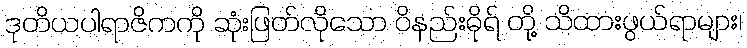
ဒုတိယပါရာဇိကကို ဆုံးဖြတ်လိုသော ဝိနည်းဓိုရ် တို့ သိထားဖွယ်ရာများ၊